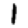
Digit: 1